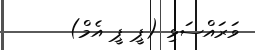
ވަރައްސަޅި (ޕީ ޕީ އެމް)